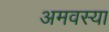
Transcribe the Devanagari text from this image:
अमवस्या